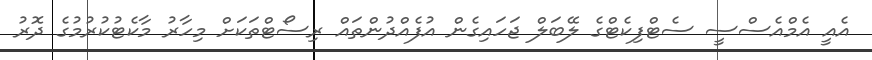
އެއީ އެމްއެސްސީ ސެޓްފިކެޓްގެ ލޭބަލް ޖަހައިގެން އުފެއްދުންތައް ރިސޯޓްތަކަށް މިހާރު މާކެޓުކުރުމުގެ ދޮރު